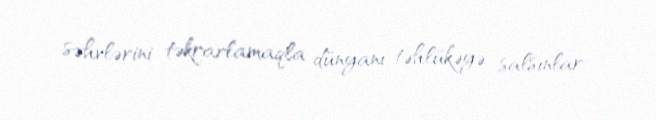
səhvlərini təkrarlamaqla dünyanı təhlükəyə salsınlar.